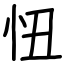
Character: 忸